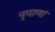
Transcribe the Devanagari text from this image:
नृपाणां